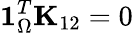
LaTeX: \mathbf{1}_{\Omega}^{T}\mathbf{K}_{12}=0